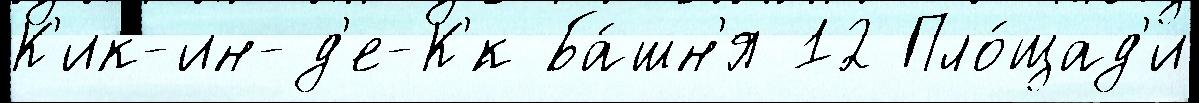
К'ик-ин-д'е-К'́к Ба́шн'я 12 Пло́щад'и